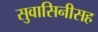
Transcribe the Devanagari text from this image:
सुवासिनीसह